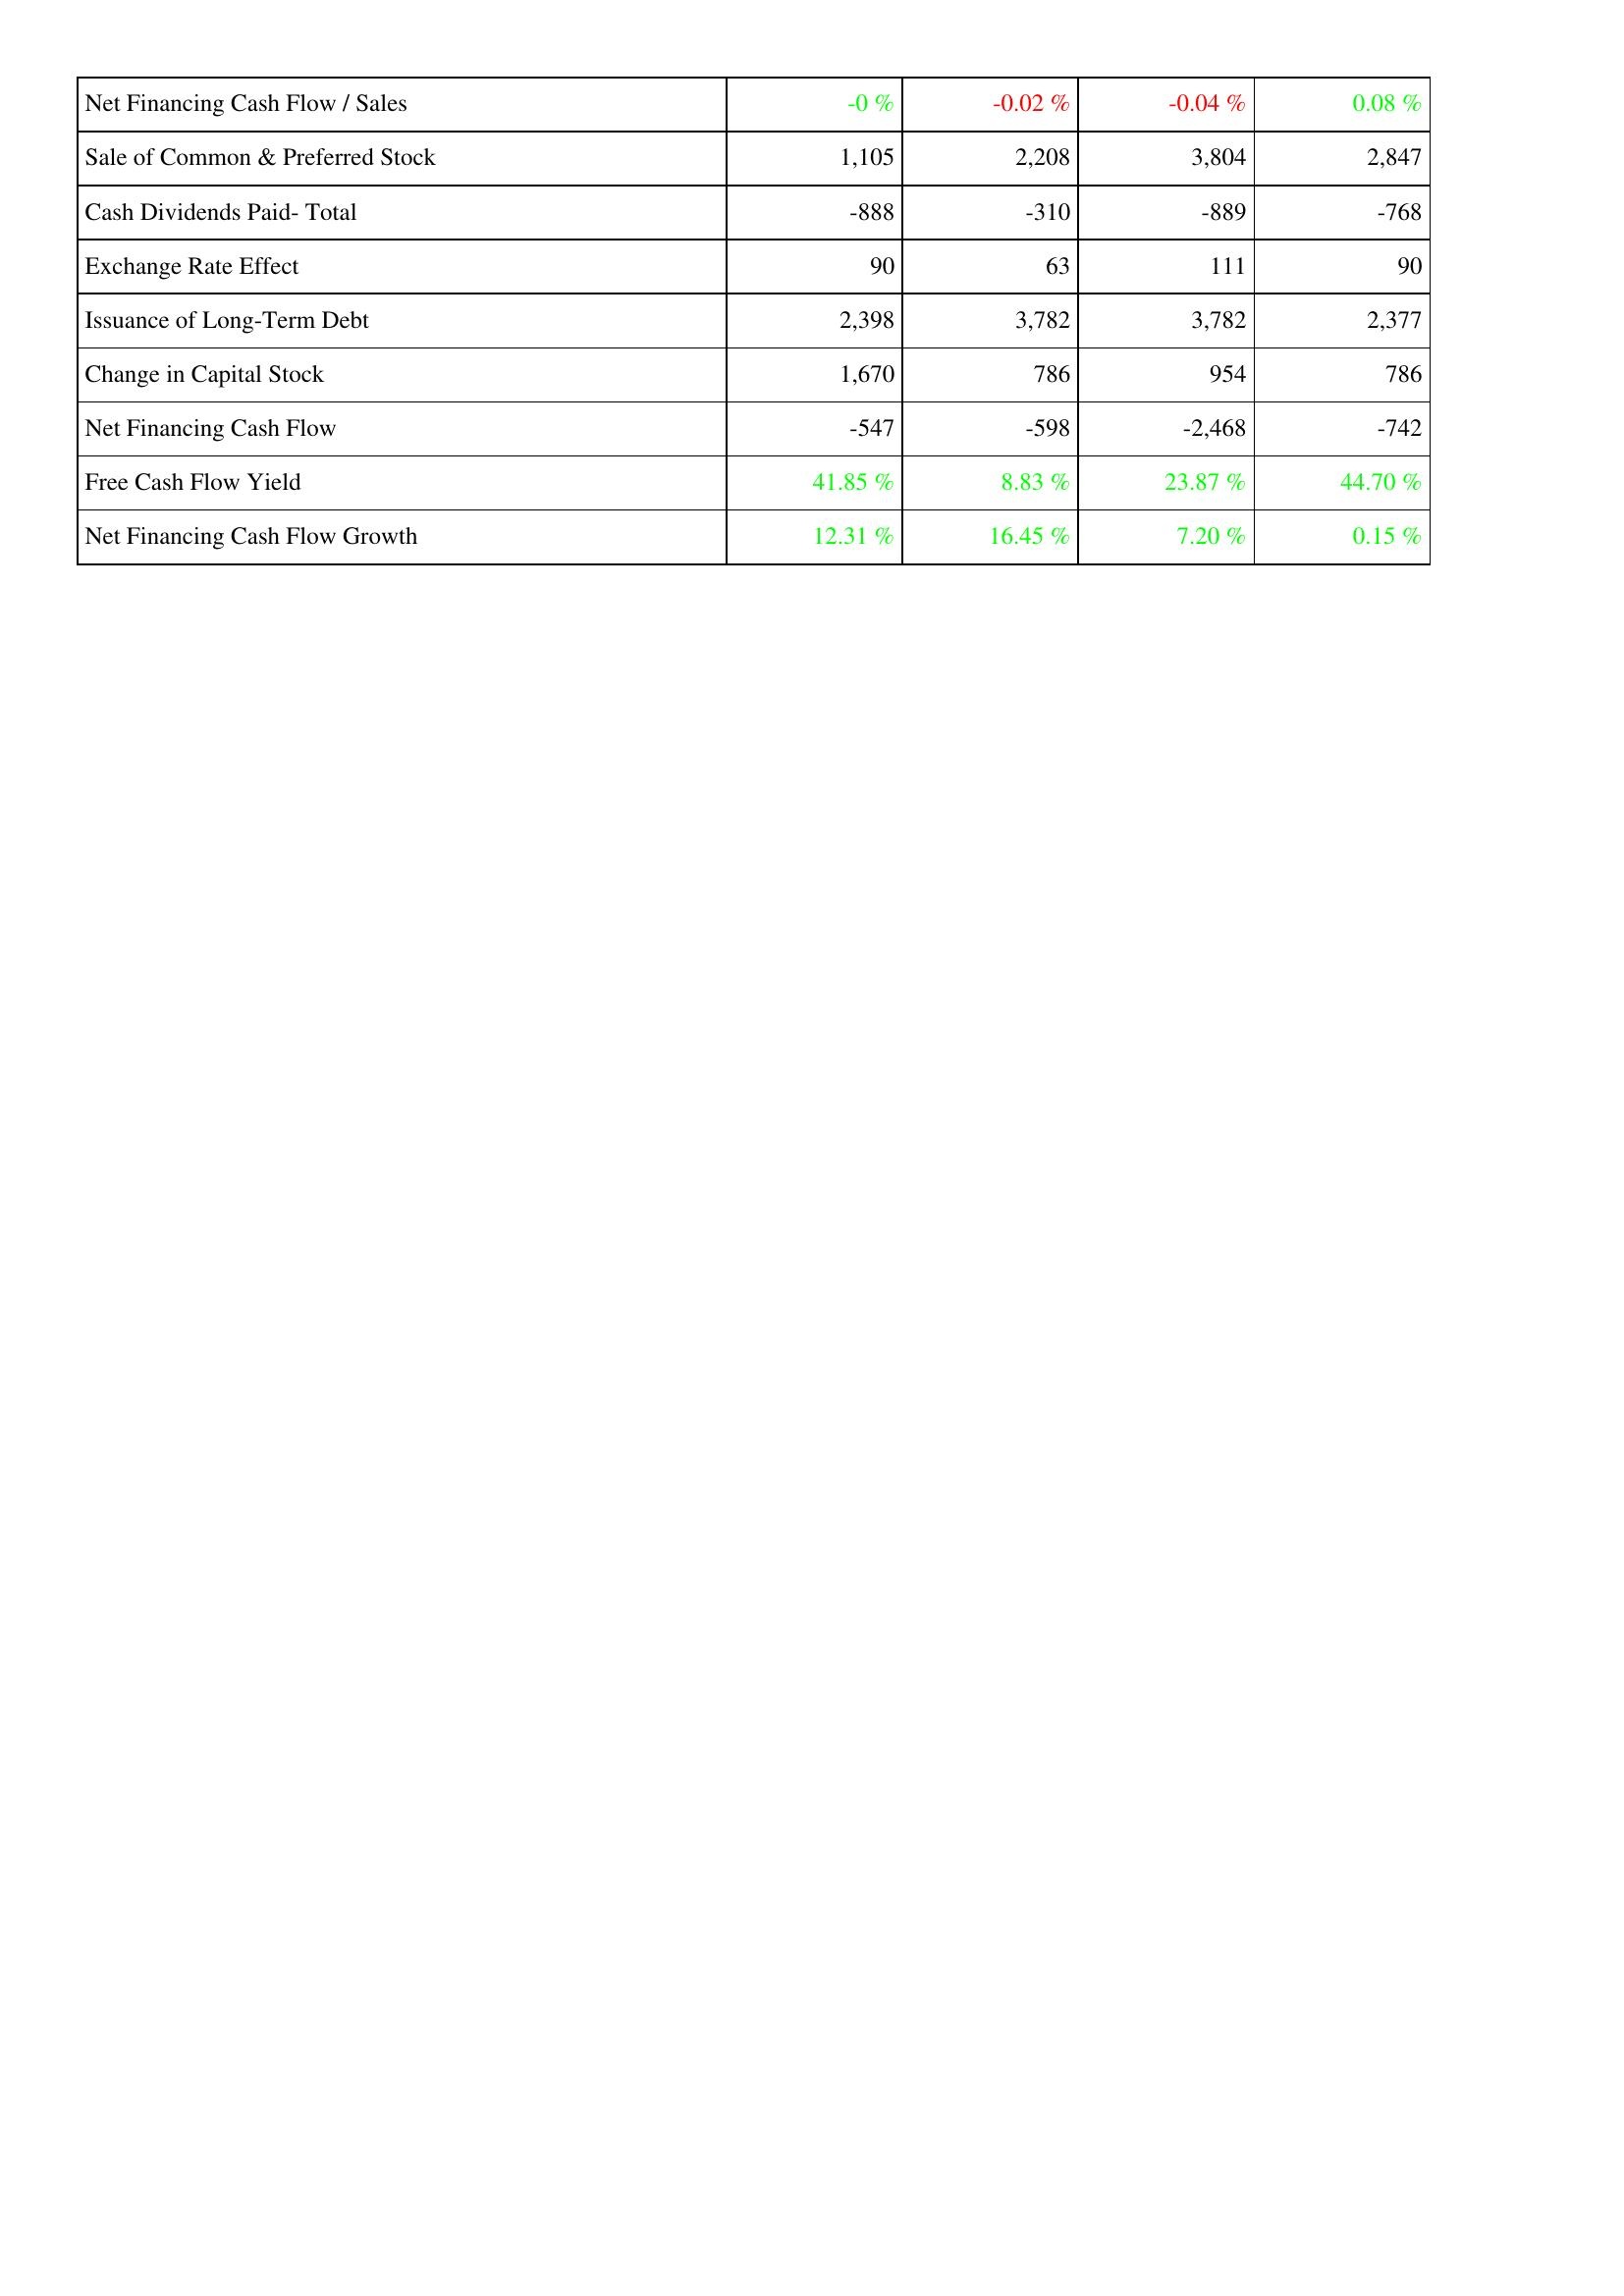
2011: Financing Activities: Net Financing Cash Flow / Sales: -0 %
Sale of Common & Preferred Stock: 1,105
Cash Dividends Paid- Total: -888
Exchange Rate Effect: 90
Issuance of Long-Term Debt: 2,398
Change in Capital Stock: 1,670
Net Financing Cash Flow: -547
Free Cash Flow Yield: 41.85 %
Net Financing Cash Flow Growth: 12.31 %
2012: Financing Activities: Net Financing Cash Flow / Sales: -0.02 %
Sale of Common & Preferred Stock: 2,208
Cash Dividends Paid- Total: -310
Exchange Rate Effect: 63
Issuance of Long-Term Debt: 3,782
Change in Capital Stock: 786
Net Financing Cash Flow: -598
Free Cash Flow Yield: 8.83 %
Net Financing Cash Flow Growth: 16.45 %
2013: Financing Activities: Net Financing Cash Flow / Sales: -0.04 %
Sale of Common & Preferred Stock: 3,804
Cash Dividends Paid- Total: -889
Exchange Rate Effect: 111
Issuance of Long-Term Debt: 3,782
Change in Capital Stock: 954
Net Financing Cash Flow: -2,468
Free Cash Flow Yield: 23.87 %
Net Financing Cash Flow Growth: 7.20 %
2014: Financing Activities: Net Financing Cash Flow / Sales: 0.08 %
Sale of Common & Preferred Stock: 2,847
Cash Dividends Paid- Total: -768
Exchange Rate Effect: 90
Issuance of Long-Term Debt: 2,377
Change in Capital Stock: 786
Net Financing Cash Flow: -742
Free Cash Flow Yield: 44.70 %
Net Financing Cash Flow Growth: 0.15 %